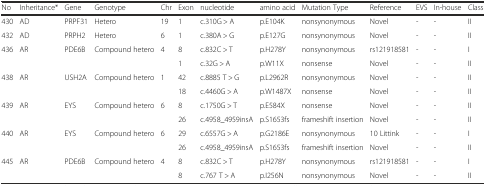
<table><thead><tr><td><b>No</b></td><td><b>Inheritance*</b></td><td><b>Gene</b></td><td><b>Genotype</b></td><td><b>Chr</b></td><td><b>Exon</b></td><td><b>nucleotide</b></td><td><b>amino acid</b></td><td><b>Mutation Type</b></td><td><b>Reference</b></td><td><b>EVS</b></td><td><b>In-house</b></td><td><b>Class</b></td></tr></thead><tbody><tr><td>430</td><td>AD</td><td>PRPF31</td><td>Hetero</td><td>19</td><td>1</td><td>c.310G &gt; A</td><td>p.E104K</td><td>nonsynonymous</td><td>Novel</td><td>-</td><td>-</td><td>II</td></tr><tr><td>432</td><td>AD</td><td>PRPH2</td><td>Hetero</td><td>6</td><td>1</td><td>c.380A &gt; G</td><td>p.E127G</td><td>nonsynonymous</td><td>Novel</td><td>-</td><td>-</td><td>II</td></tr><tr><td rowspan="2">436</td><td rowspan="2">AR</td><td rowspan="2">PDE6B</td><td rowspan="2">Compound hetero</td><td rowspan="2">4</td><td>8</td><td>c.832C &gt; T</td><td>p.H278Y</td><td>nonsynonymous</td><td>rs121918581</td><td>-</td><td>-</td><td>Ι</td></tr><tr><td>1</td><td>c.32G &gt; A</td><td>p.W11X</td><td>nonsense</td><td>Novel</td><td>-</td><td>-</td><td>II</td></tr><tr><td rowspan="2">438</td><td rowspan="2">AR</td><td rowspan="2">USH2A</td><td rowspan="2">Compound hetero</td><td rowspan="2">1</td><td>42</td><td>c.8885 T &gt; G</td><td>p.L2962R</td><td>nonsynonymous</td><td>Novel</td><td>-</td><td>-</td><td>II</td></tr><tr><td>18</td><td>c.4460G &gt; A</td><td>p.W1487X</td><td>nonsense</td><td>Novel</td><td>-</td><td>-</td><td>II</td></tr><tr><td rowspan="2">439</td><td rowspan="2">AR</td><td rowspan="2">EYS</td><td rowspan="2">Compound hetero</td><td rowspan="2">6</td><td>8</td><td>c.1750G &gt; T</td><td>p.E584X</td><td>nonsense</td><td>Novel</td><td>-</td><td>-</td><td>II</td></tr><tr><td>26</td><td>c.4958_4959insA</td><td>p.S1653fs</td><td>frameshift insertion</td><td>Novel</td><td>-</td><td>-</td><td>II</td></tr><tr><td rowspan="2">440</td><td rowspan="2">AR</td><td rowspan="2">EYS</td><td rowspan="2">Compound hetero</td><td rowspan="2">6</td><td>29</td><td>c.6557G &gt; A</td><td>p.G2186E</td><td>nonsynonymous</td><td>10 Littink</td><td>-</td><td>-</td><td>Ι</td></tr><tr><td>26</td><td>c.4958_4959insA</td><td>p.S1653fs</td><td>frameshift insertion</td><td>Novel</td><td>-</td><td>-</td><td>II</td></tr><tr><td rowspan="2">445</td><td rowspan="2">AR</td><td rowspan="2">PDE6B</td><td rowspan="2">Compound hetero</td><td rowspan="2">4</td><td>8</td><td>c.832C &gt; T</td><td>p.H278Y</td><td>nonsynonymous</td><td>rs121918581</td><td>-</td><td>-</td><td>I</td></tr><tr><td>8</td><td>c.767 T &gt; A</td><td>p.I256N</td><td>nonsynonymous</td><td>Novel</td><td>-</td><td>-</td><td>II</td></tr></tbody></table>